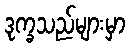
ဒုက္ခသည်များမှာ